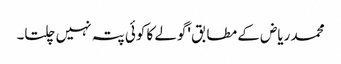
محمد ریاض کے مطابق 'گولے کا کوئی پتہ نہیں چلتا۔